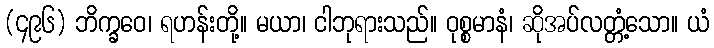
(၄၉၆) ဘိက္ခဝေ၊ ရဟန်းတို့။ မယာ၊ ငါဘုရားသည်။ ဝုစ္စမာနံ၊ ဆိုအပ်လတ္တံ့သော။ ယံ